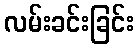
လမ်းခင်းခြင်း